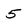
Character: 5